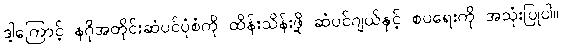
ဒါ့ကြောင့် နဂိုအတိုင်းဆံပင်ပုံစံကို ထိန်းသိန်းဖို့ ဆံပင်ဂျယ်နှင့် စပရေးကို အသုံးပြုပါ။